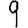
Digit: 9